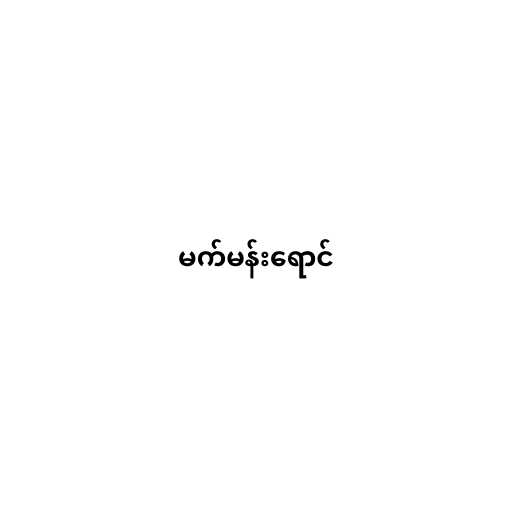
မက်မန်းရောင်